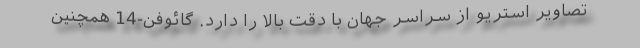
تصاویر استریو از سراسر جهان با دقت بالا را دارد. گائوفن-14 همچنین